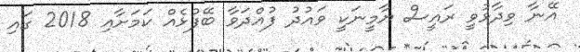
އޭނާ ވިދާޅުވީ ރައީސް ޔާމީނަކީ ވައުދު ފުއްދަވާ ބޭފުޅެއް ކަމަށާއި 2018 ގައި